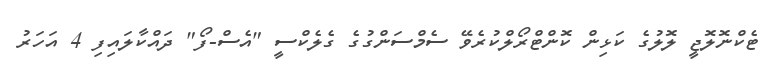
ޓެކްނޮލޮޖީ ލޮލުގެ ކަޅިން ކޮންޓްރޯލްކުރެވޭ ސެމްސަންގުގެ ގެލެކްސީ "އެސް-ފޯ" ދައްކާލައިފި 4 އަހަރު